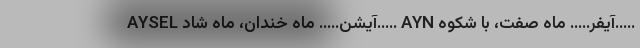
AYSEL آیشن….. ماه خندان، ماه شاد….. AYN آیفر….. ماه صفت، با شکوه…..